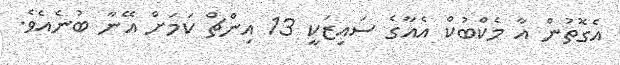
އެގޮތުން އާ މެކްބުކް އެއާގެ ސައިޒަކީ 13 އިންޗް ކަމަށް އޭނާ ބުނެއެވެ.